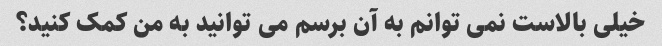
خیلی بالاست نمی توانم به آن برسم می توانید به من کمک کنید؟